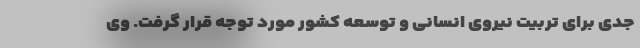
جدی برای تربیت نیروی انسانی و توسعه کشور مورد توجه قرار گرفت. وی